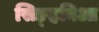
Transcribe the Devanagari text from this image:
सिङ्हनिआ